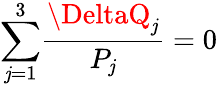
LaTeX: {\sum_{\mathit{j}=1}^{3}}\frac{{\DeltaQ_{\mathit{j}}}}{{P_{\mathit{j}}}}=0